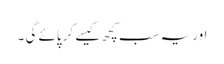
اور یہ سب کچھ کیسے کر پائے گی ۔